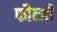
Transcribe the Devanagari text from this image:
फौव्ली